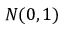
N ( 0 , 1 )